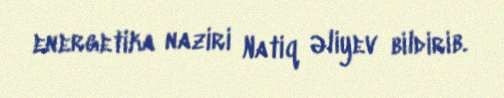
energetika naziri Natiq Əliyev bildirib.